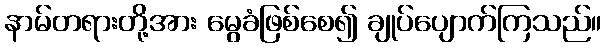
နာမ်တရားတို့အား မွေခံဖြစ်စေ၍ ချုပ်ပျောက်ကြသည်။